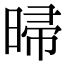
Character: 㫶